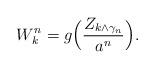
LaTeX: \begin{align*}W^n_k = g\Big(\frac{Z_{k \wedge \gamma_n}}{a^n}\Big).\end{align*}